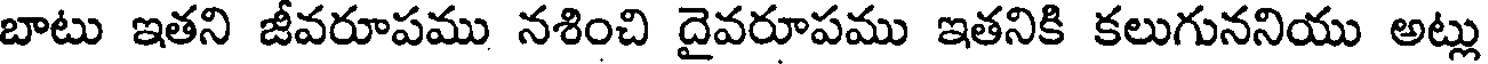
బాటు ఇతని జీవరూపము నశించి దైవరూపము ఇతనికి కలుగుననియు అట్లు